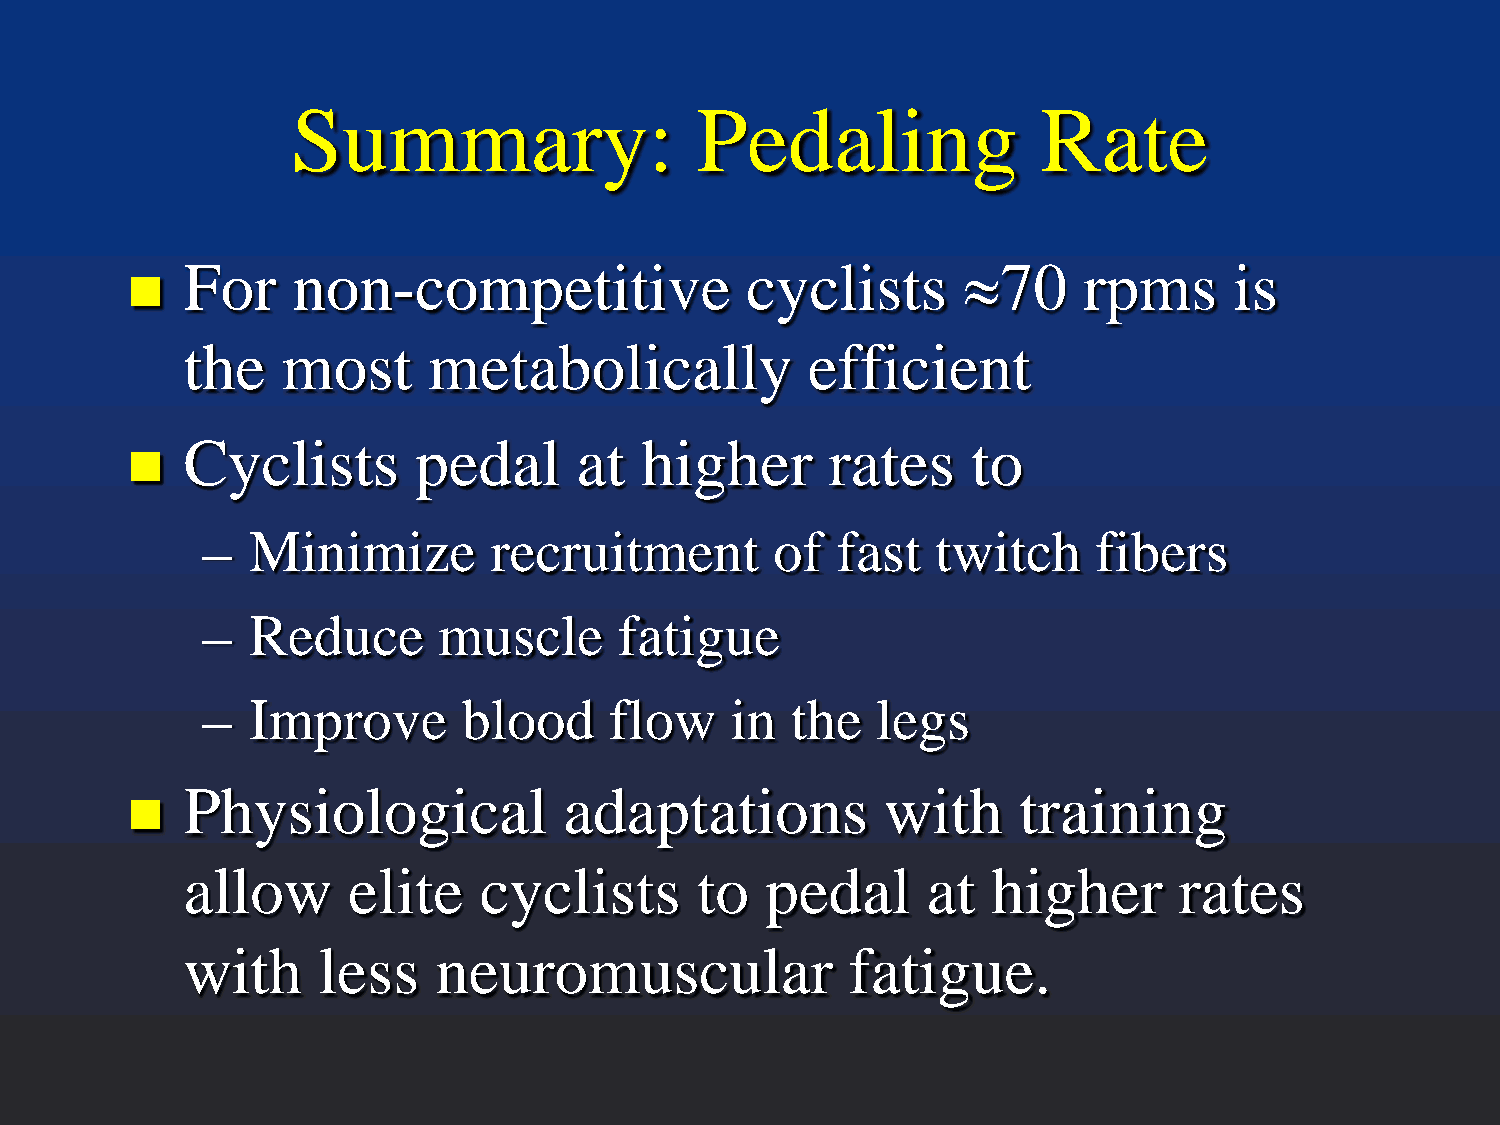
Summary:                   Pedaling               Rate
 For    non-competitive               cyclists       ≈70     rpms      is
 
 the    most     metabolically             efficient
 Cyclists       pedal      at  higher       rates    to
 
 –   Minimize       recruitment        of  fast   twitch     fibers
 –   Reduce      muscle      fatigue
 –   Improve       blood    flow    in  the   legs
 Physiological            adaptations           with    training
 
 allow      elite    cyclists      to   pedal     at   higher      rates
 with     less    neuromuscular              fatigue.